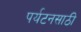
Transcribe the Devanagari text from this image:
पर्यटनसाठी